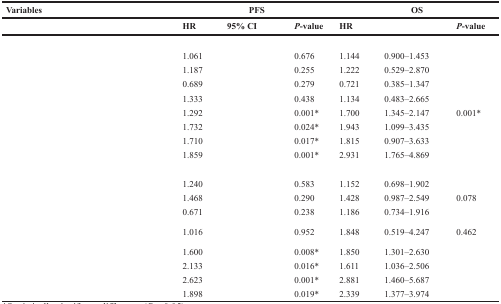
<table><thead><tr><td><b>Variables</b></td><td colspan="3"><b>PFS</b></td><td colspan="3"><b>OS</b></td></tr><tr><td>[EMPTY_CELL]</td><td><b>HR</b></td><td><b>95% CI</b></td><td><b><i>P</i>-value</b></td><td><b>HR</b></td><td>[EMPTY_CELL]</td><td><b><i>P</i>-value</b></td></tr></thead><tbody><tr><td>[EMPTY_CELL]</td><td>[EMPTY_CELL]</td><td>[EMPTY_CELL]</td><td>[EMPTY_CELL]</td><td>[EMPTY_CELL]</td><td>[EMPTY_CELL]</td><td>[EMPTY_CELL]</td></tr><tr><td>[EMPTY_CELL]</td><td>1.061</td><td>[EMPTY_CELL]</td><td>0.676</td><td>1.144</td><td>0.900–1.453</td><td>[EMPTY_CELL]</td></tr><tr><td>[EMPTY_CELL]</td><td>1.187</td><td>[EMPTY_CELL]</td><td>0.255</td><td>1.222</td><td>0.529–2.870</td><td>[EMPTY_CELL]</td></tr><tr><td>[EMPTY_CELL]</td><td>0.689</td><td>[EMPTY_CELL]</td><td>0.279</td><td>0.721</td><td>0.385–1.347</td><td>[EMPTY_CELL]</td></tr><tr><td>[EMPTY_CELL]</td><td>1.333</td><td>[EMPTY_CELL]</td><td>0.438</td><td>1.134</td><td>0.483–2.665</td><td>[EMPTY_CELL]</td></tr><tr><td>[EMPTY_CELL]</td><td>1.292</td><td>[EMPTY_CELL]</td><td>0.001*</td><td>1.700</td><td>1.345–2.147</td><td>0.001*</td></tr><tr><td>[EMPTY_CELL]</td><td>1.732</td><td>[EMPTY_CELL]</td><td>0.024*</td><td>1.943</td><td>1.099–3.435</td><td>[EMPTY_CELL]</td></tr><tr><td>[EMPTY_CELL]</td><td>1.710</td><td>[EMPTY_CELL]</td><td>0.017*</td><td>1.815</td><td>0.907–3.633</td><td>[EMPTY_CELL]</td></tr><tr><td>[EMPTY_CELL]</td><td>1.859</td><td>[EMPTY_CELL]</td><td>0.001*</td><td>2.931</td><td>1.765–4.869</td><td>[EMPTY_CELL]</td></tr><tr><td>[EMPTY_CELL]</td><td>[EMPTY_CELL]</td><td>[EMPTY_CELL]</td><td>[EMPTY_CELL]</td><td>[EMPTY_CELL]</td><td>[EMPTY_CELL]</td><td>[EMPTY_CELL]</td></tr><tr><td>[EMPTY_CELL]</td><td>1.240</td><td>[EMPTY_CELL]</td><td>0.583</td><td>1.152</td><td>0.698–1.902</td><td>[EMPTY_CELL]</td></tr><tr><td>[EMPTY_CELL]</td><td>1.468</td><td>[EMPTY_CELL]</td><td>0.290</td><td>1.428</td><td>0.987–2.549</td><td>0.078</td></tr><tr><td>[EMPTY_CELL]</td><td>0.671</td><td>[EMPTY_CELL]</td><td>0.238</td><td>1.186</td><td>0.734–1.916</td><td>[EMPTY_CELL]</td></tr><tr><td>[EMPTY_CELL]</td><td>1.016</td><td>[EMPTY_CELL]</td><td>0.952</td><td>1.848</td><td>0.519–4.247</td><td>0.462</td></tr><tr><td>[EMPTY_CELL]</td><td>1.600</td><td>[EMPTY_CELL]</td><td>0.008*</td><td>1.850</td><td>1.301–2.630</td><td>[EMPTY_CELL]</td></tr><tr><td>[EMPTY_CELL]</td><td>2.133</td><td>[EMPTY_CELL]</td><td>0.016*</td><td>1.611</td><td>1.036–2.506</td><td>[EMPTY_CELL]</td></tr><tr><td>[EMPTY_CELL]</td><td>2.623</td><td>[EMPTY_CELL]</td><td>0.001*</td><td>2.881</td><td>1.460–5.687</td><td>[EMPTY_CELL]</td></tr><tr><td>[EMPTY_CELL]</td><td>1.898</td><td>[EMPTY_CELL]</td><td>0.019*</td><td>2.339</td><td>1.377–3.974</td><td>[EMPTY_CELL]</td></tr></tbody></table>